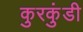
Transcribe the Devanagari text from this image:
कुरकुंडी